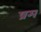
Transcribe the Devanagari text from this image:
ष्रम